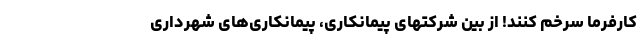
کارفرما سرخم کنند! از بین شرکتهای پیمانکاری، پیمانکاری‌های شهرداری